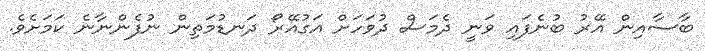
ބާސާއިން އޭރު ބުނެފައި ވަނީ ދެމަސް ދުވަހަށް އަގުއޭރޯ ދަނޑުމަތިން ނުފެންނާނެ ކަމަށެވެ.